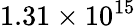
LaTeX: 1.31\times 10^{15}